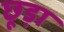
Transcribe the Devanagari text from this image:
छूड़ा